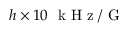
h \times 1 0 ~ \mathrm { ~ k ~ H ~ z ~ } / \mathrm { ~ G ~ }